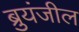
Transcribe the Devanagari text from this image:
ब्रुयंजील